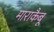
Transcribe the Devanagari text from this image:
माराकैबू